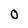
Character: 0